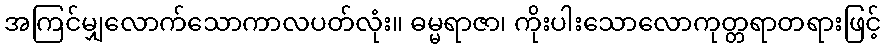
အကြင်မျှလောက်သောကာလပတ်လုံး။ ဓမ္မရာဇာ၊ ကိုးပါးသောလောကုတ္တရာတရားဖြင့်